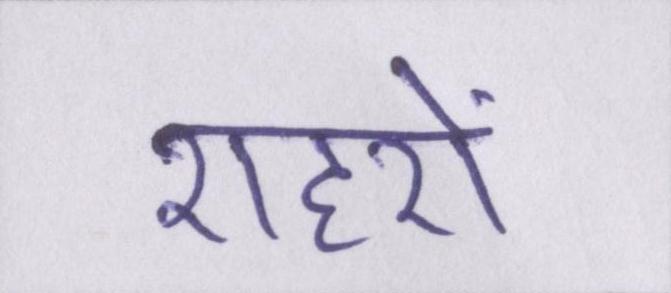
शहरों